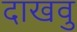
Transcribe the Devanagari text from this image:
दाखवु